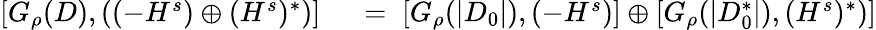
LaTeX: \begin{array}{rl}{[G_{\rho}(D),((-H^{s})\oplus(H^{s})^{*})]}&{{}\; =\; [G_{\rho}(|D_{0}|),(-H^{s})]\oplus[G_{\rho}(|D_{0}^{*}|),(H^{s})^{*})]}\end{array}